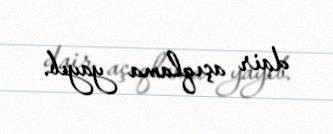
dair açıqlama yayıb.